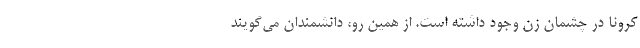
کرونا در چشمان زن وجود داشته است. از همین رو، دانشمندان می‌گویند